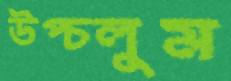
উপ্‌চলুম